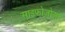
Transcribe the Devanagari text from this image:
साइफोजोआ